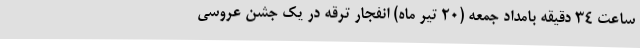
ساعت 34 دقیقه بامداد جمعه (20 تیر ماه) انفجار ترقه در یک جشن عروسی